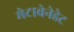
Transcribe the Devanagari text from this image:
मेटावेनेडेट